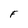
Character: F